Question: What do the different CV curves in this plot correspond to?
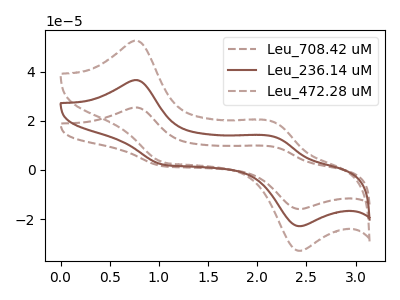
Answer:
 <answer>The brown dashed curve is labeled "Leu_708.42 uM". The brown curve is labeled "Leu_236.14 uM". The brown dashed curve is labeled "Leu_472.28 uM".</answer>
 <eval></eval>